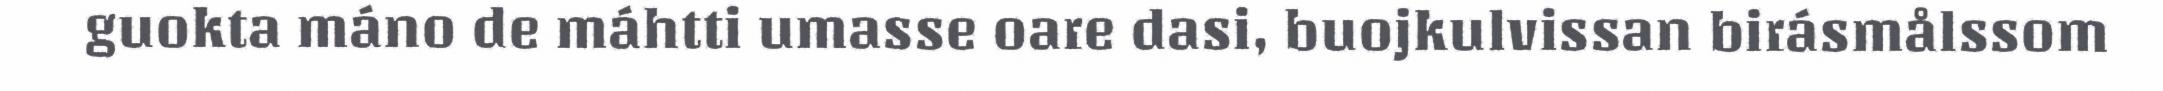
guokta máno de máhtti umasse oare dasi, buojkulvissan birásmålssom